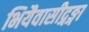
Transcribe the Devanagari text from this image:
भियैवासीद्गङ्गा